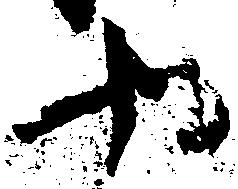
や